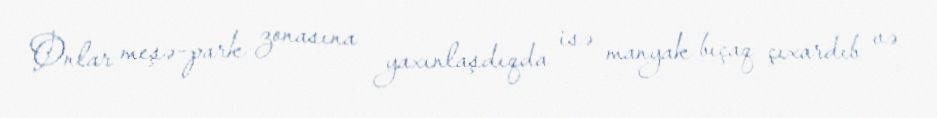
Onlar meşə-park zonasına yaxınlaşdıqda isə manyak bıçaq çıxardıb və